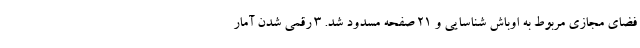
فضای مجازی مربوط به اوباش شناسایی و 21 صفحه مسدود شد. ۳ رقمی شدن آمار